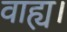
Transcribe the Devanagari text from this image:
वाह्य।